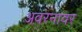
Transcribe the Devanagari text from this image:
अवरनावर